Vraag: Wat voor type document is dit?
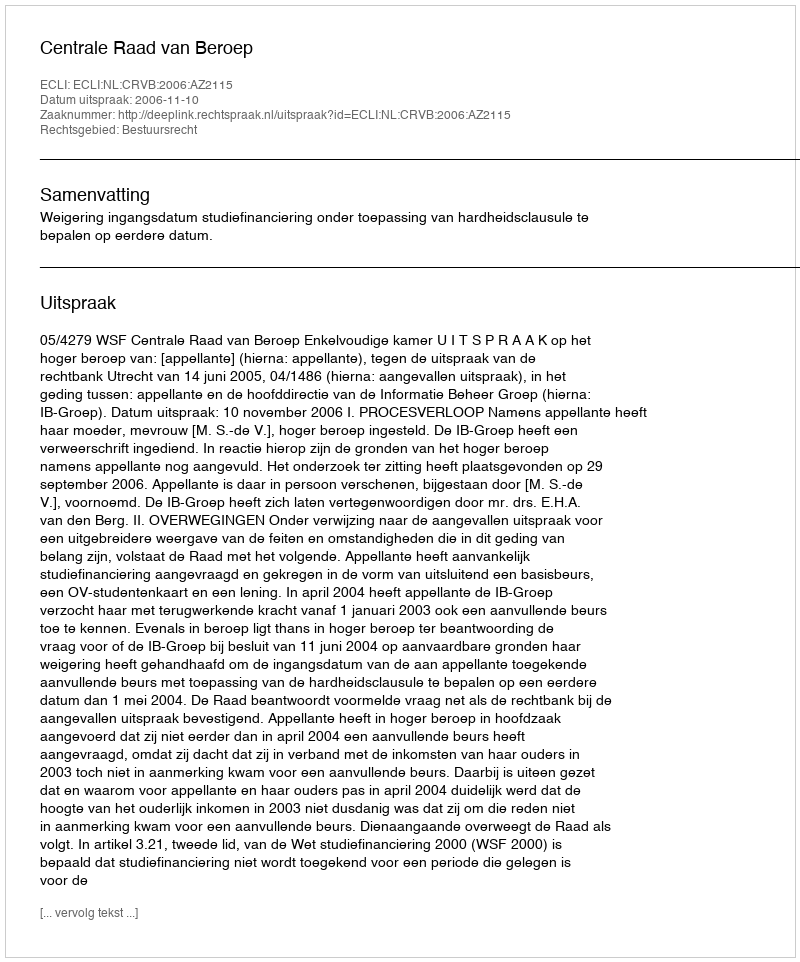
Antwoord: Uitspraak